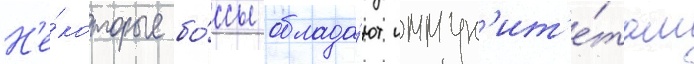
Н'е́которые бо́ссы облада́ют иммун'ит'е́том